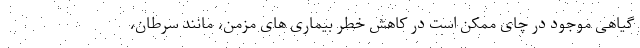
گیاهی موجود در چای ممکن است در کاهش خطر بیماری های مزمن، مانند سرطان،